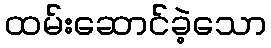
ထမ်းဆောင်ခဲ့သော